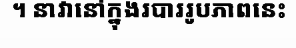
។ នាវានៅក្នុងរបាររូបភាពនេះ